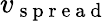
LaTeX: v_{\mathrm{~s~p~r~e~a~d~}}